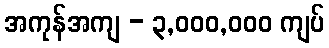
အကုန်အကျ - ၃,၀၀၀,၀၀၀ ကျပ်